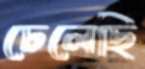
ঢেলেছি